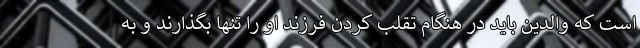
است که والدین باید در هنگام تقلب کردن فرزند او را تنها بگذارند و به